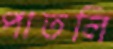
পাতলি